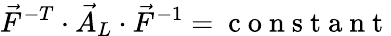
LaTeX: \vec{F}^{-T}\cdot\vec{A}_{L}\cdot\vec{F}^{-1}=\mathrm{~c~o~n~s~t~a~n~t~}